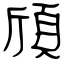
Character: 頎